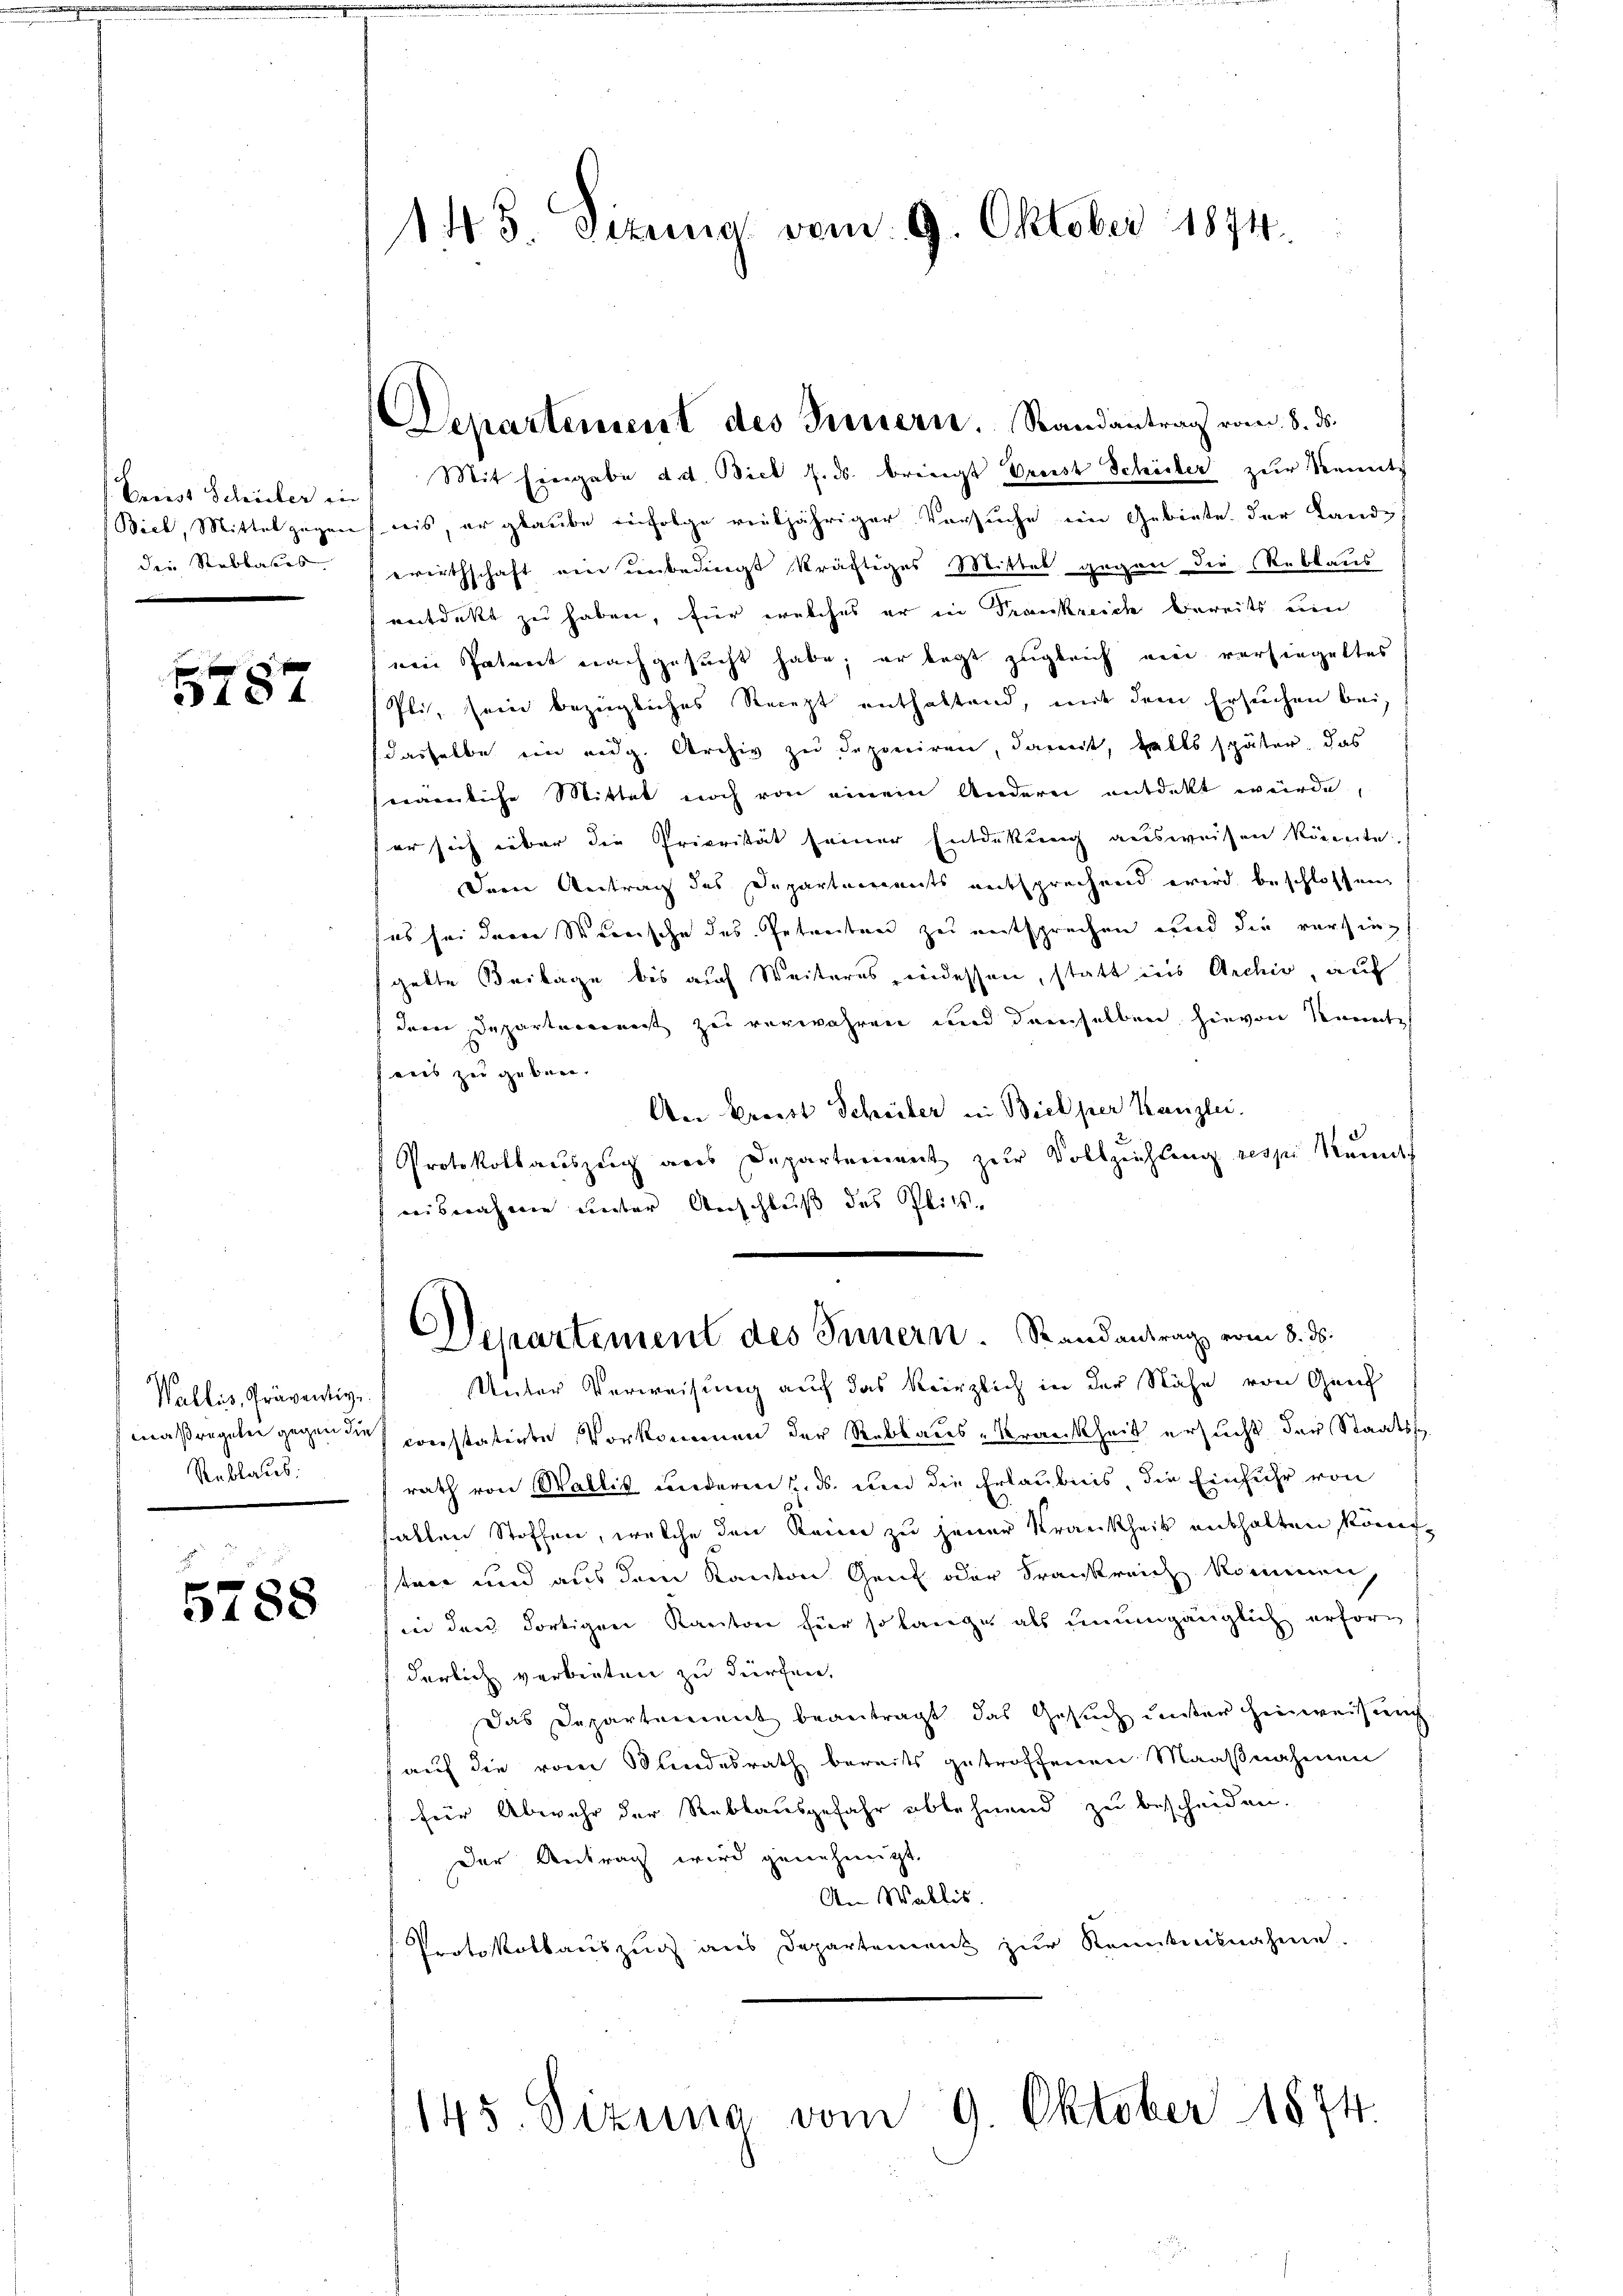
Preist Schrieber ein
Biel, Mittel gegen
den Stubbaues

5787

Wallis, Präventig,
maßregeten gegen die
Reblaus

5788

143 Sizung vom 9. Oktober 1894.

Departement des Feuern. Randantrag vom 8. ds.

Mit Eingabe d. d. Biel u. ds. bringt Greist Schisler zur Kennt
nis, er glaube infolge veiljähriger Versuche im Gebiete der Land-
ewirthschaft ein unbedingt kräftiges Mittel gegen die Reblaus
entdekt zu haben, für welches er in Frankreich bereits um
ein Patent nachgesucht habe, er legt zugleich ein versiegeltes
Pli, sein bezügliches Recept enthaltend, mit dem Ersuchen bei
dasselbe im eidg. Archiv zu deponiren, damit, falls später, das
nämmliche Mittel noch von einem Anderei entdeckt würde,
er sich über die Priorität seiner Entdekung ausweisen könnte.
Dern Antrag des Departements entsprechend wird beschlossen
(es sei dem Steirische des Getreiten zu entsprechen und die versing
gelte Beilage bis auf Weiteres, indessen, statt ins Archiv, auf
(dem Departeierent zu verwahren und demselben hievon konnte
aus zu geben.
An Preist Scheiter in Biel per Kanzlei.
Protokollauszug aus Departement zur Vollziehlung respi Reich
weiberahmen unter Anschluß des Plits-
Departement des Innern. Randantrag vom 8. ds.
Unter Verweisung auf das kürzlich in der Nähe von Genf
 constatirte Vorkommen der Rebbaues-Krankheit ersucht der Staatss
rath von Wallis anderen u. ds. und die Erlaubnis, die Einfuhr von
allen Stoffen, welche den Seine zu jener Krankheit enthalten könnt
tere und aus dem Kanton Genf oder Frankreich kommen.
in den dortigen Kanton für so lange als unumgänglich erforn
derlich verbieten zu dürfen.
Das Departement beantragt das Gesuch unter Hinweisung
auf die vom Bundesrath bereits getroffenen Maaßnahmen
für Abwehr der Reblausgefahr ablehnend zu bescheiden.
Der Antrag wird genehmigt.
An Wallis.
Protokollauszug aus Departement zŭr Kenntnisnahme.

145 Sizung vom 9. Oktober 1874.